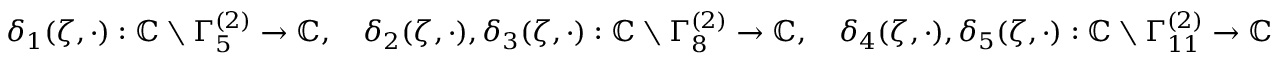
\begin{array} { r } { \delta _ { 1 } ( \zeta , \cdot ) : \mathbb { C } \setminus \Gamma _ { 5 } ^ { ( 2 ) } \to \mathbb { C } , \quad \delta _ { 2 } ( \zeta , \cdot ) , \delta _ { 3 } ( \zeta , \cdot ) : \mathbb { C } \setminus \Gamma _ { 8 } ^ { ( 2 ) } \to \mathbb { C } , \quad \delta _ { 4 } ( \zeta , \cdot ) , \delta _ { 5 } ( \zeta , \cdot ) : \mathbb { C } \setminus \Gamma _ { 1 1 } ^ { ( 2 ) } \to \mathbb { C } } \end{array}